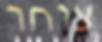
צוחר